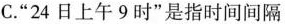
C.”24日上午9时”是指时间间隔